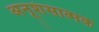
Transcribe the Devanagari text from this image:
अनूशंसात्मक